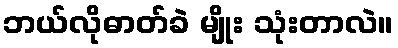
ဘယ်လိုဓာတ်ခဲ မျိုး သုံးတာလဲ။